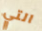
التي